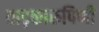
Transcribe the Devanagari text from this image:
ताड़कारुपिणी